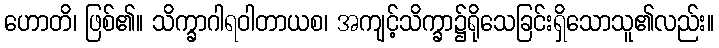
ဟောတိ၊ ဖြစ်၏။ သိက္ခာဂါရဝါတာယစ၊ အကျင့်သိက္ခာ၌ရိုသေခြင်းရှိသောသူ၏လည်း။